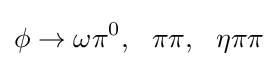
\phi \to \omega \pi ^{0},~~\pi \pi ,~~\eta \pi \pi